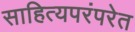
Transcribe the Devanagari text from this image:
साहित्यपरंपरेत